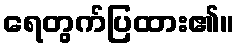
ရေတွက်ပြထား၏။